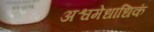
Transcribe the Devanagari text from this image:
अश्वमेधाधिकं